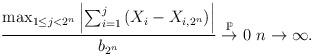
LaTeX: \begin{align*}\dfrac{\max_{1\le j< 2^n}\left|\sum_{i=1}^{j}\left(X_i-X_{i,2^n}\right)\right|}{b_{2^n}}\overset{\mathbb{P}}{\to}0\ n\to\infty.\end{align*}